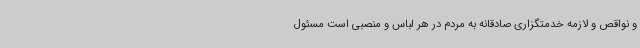
و نواقص و لازمه خدمتگزاری صادقانه به مردم در هر لباس و منصبی است مسئول